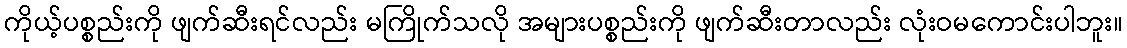
ကိုယ့်ပစ္စည်းကို ဖျက်ဆီးရင်လည်း မကြိုက်သလို အများပစ္စည်းကို ဖျက်ဆီးတာလည်း လုံးဝမကောင်းပါဘူး။